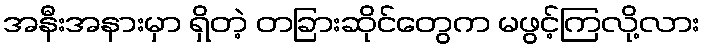
အနီးအနားမှာ ရှိတဲ့ တခြားဆိုင်တွေက မဖွင့်ကြလို့လား